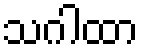
သဂါထာ